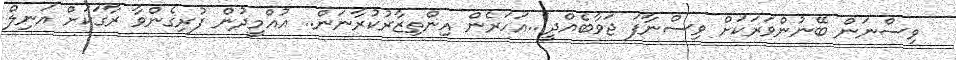
ވިސްނަން ބޭނުންވަރަކަށް ވިސްނާފަ ޖަވާބެއްދީ!..އަހަރެން އިންތިޒާރުކުރާނަން.. އުއްމީދުން ފުރިގެންވާ ރާގަކަށް އަނިލް